Sketch of the medical history of the native army of Bombay, for the year
Year: 1872
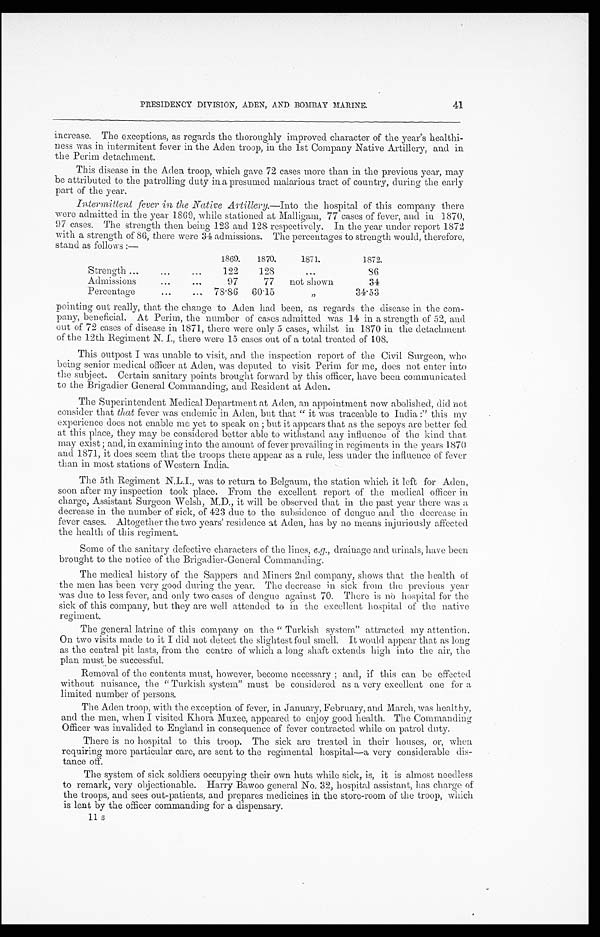
41
PRESIDENCY DIVISION, ADEN, AND BOMBAY MARINE.
increase. The exceptions, as regards the thoroughly improved character of the year's healthi
-
ness was in intermitent fever in the Aden troop, in the 1st Company Native Artillery, and in
the Perim detachment.
This disease in the Aden troop, which gave 72 cases more than in the previous year, may
be attributed to the patrolling duty in a presumed malarious tract of country, during the early
part of the year.
Intermittent fever in the Native Artillery .—Into the hospital of this company there
were admitted in the year 1869, while stationed at Malligam, 77 cases of fever, and in 1870,
97 cases. The strength then being 123 and 128 respectively. In the year under report 1872
with a strength of 86, there were 34 admissions. The percentages to strength would, therefore,
stand as follows:—
1869.
1870.
1871.
1872.
Strength . . .
1 2 2
128
. . .
8 6
Admissions . . .
97
77
not shown
34
Percentage . . .
78.86
60.15
"
34.53
pointing out really, that the change to Aden had been, as regards the disease in the com
-
pany, beneficial. At Perim, the number of cases admitted was 14 in a strength of 52, and
out of 72 cases of disease in 1871, there were only 5 cases, Whilst in 1870 in the detachment
of the 12th Regiment N. I., there there 15 cases out of a total treated of 108.
This outpost I was unable to visit, and the inspection report of the Civil Surgeon, who
being senior medical officer at Aden, was deputed to visit Perim for me, does not enter into
the subject. Certain sanitary points brought forward by this officer, have been communicated
to the Brigadier General Commanding, and Resident at Aden.
The Superintendent Medical Department at Aden, an appointment now abolished, did not
consider that that fever was endemic in Aden, but that "it was traceable to India:'' this my
experience does not enable me yet to speak on; but it appears that as the sepoys are better fed
at this place, they may be considered better able to withstand any influence of the kind that
may exist; and, in examining into the amount of fever prevailing in regiments in the years 1870
and 1871, it does seem that the troops there appear as a rule, less under the influence of fever
than in most stations of Western India.
The 5th Regiment N.L.I., was to return to Belgaum, the station which it left for Aden,
soon after my inspection took place. From the excellent report of the medical officer in
charge, Assistant Surgeon Welsh, M.D., it will be observed that in the past year there was a
decrease in the number of sick, of 423 due to the subsidence of dengue and the decrease in
fever cases. Altogether the two years' residence at Aden, has by no means injuriously affected
the health of this regiment.
Some of the sanitary defective characters of the lines, e.g., drainage and urinals, have been
brought to the notice of the Brigadier-General Commanding.
The medical history of the Sappers and Miners 2nd company, shows that the health of
the men has been very good during the year. The decrease in sick from the previous year
was due to less fever, and only two cases of dengue against 70. There is no hospital for the
sick of this company, but they are well attended to in the excellent hospital of the native
regiment.
The general latrine of this company on the "Turkish system" attracted my attention.
On two visits made to it I did not detect the slightest foul smell. It would appear that as long
as the central pit lasts, from the centre of which a long shaft extends high into the air, the
plan must be successful.
Removal of the contents must, however, become necessary; and, if this can be effected
without nuisance, the "Turkish system" must be considered as a very excellent one for a
limited number of persons.
The Aden troop, with the exception of fever, in January, February, and March, was healthy,
and the men, when I visited Khora Muxee, appeared to enjoy good health. The Commanding
Officer was invalided to England in consequence of fever contracted while on patrol duty.
There is no hospital to this troop. The sick are treated in their houses, or, when
requiring more particular care, are sent to the regimental hospital—a very considerable dis
-
tance off.
The system of sick soldiers occupying their own huts while sick, is, it is almost needless
to remark, very objectionable. Harry Bawoo general No. 32, hospital assistant, has charge of
the troops, and sees out-patients, and prepares medicines in the store-room of the troop, which
is lent by the officer commanding for a dispensary.
11s